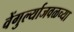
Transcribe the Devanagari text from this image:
वेंगुर्ल्याजवळच्या